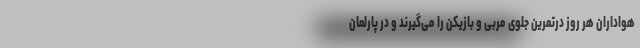
هواداران هر روز درتمرین جلوی مربی و بازیکن را می‌گیرند و در پارلمان